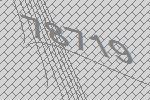
78719